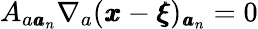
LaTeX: A_{a{\pmb a}_{n}}\nabla_{a}({\pmb x}-{\pmb\xi})_{{\pmb a}_{n}}=0